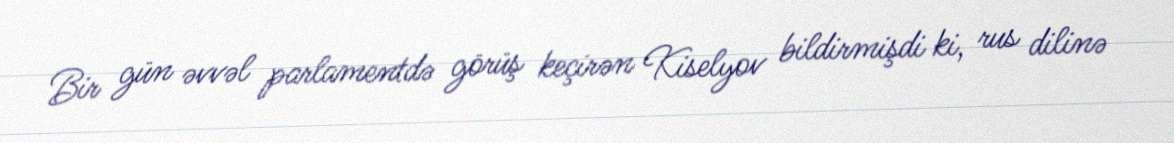
Bir gün əvvəl parlamentdə görüş keçirən Kiselyov bildirmişdi ki, rus dilinə